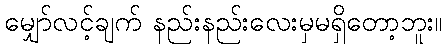
မျှော်လင့်ချက် နည်းနည်းလေးမှမရှိတော့ဘူး။